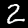
Digit: 2